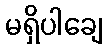
မရှိပါချေ